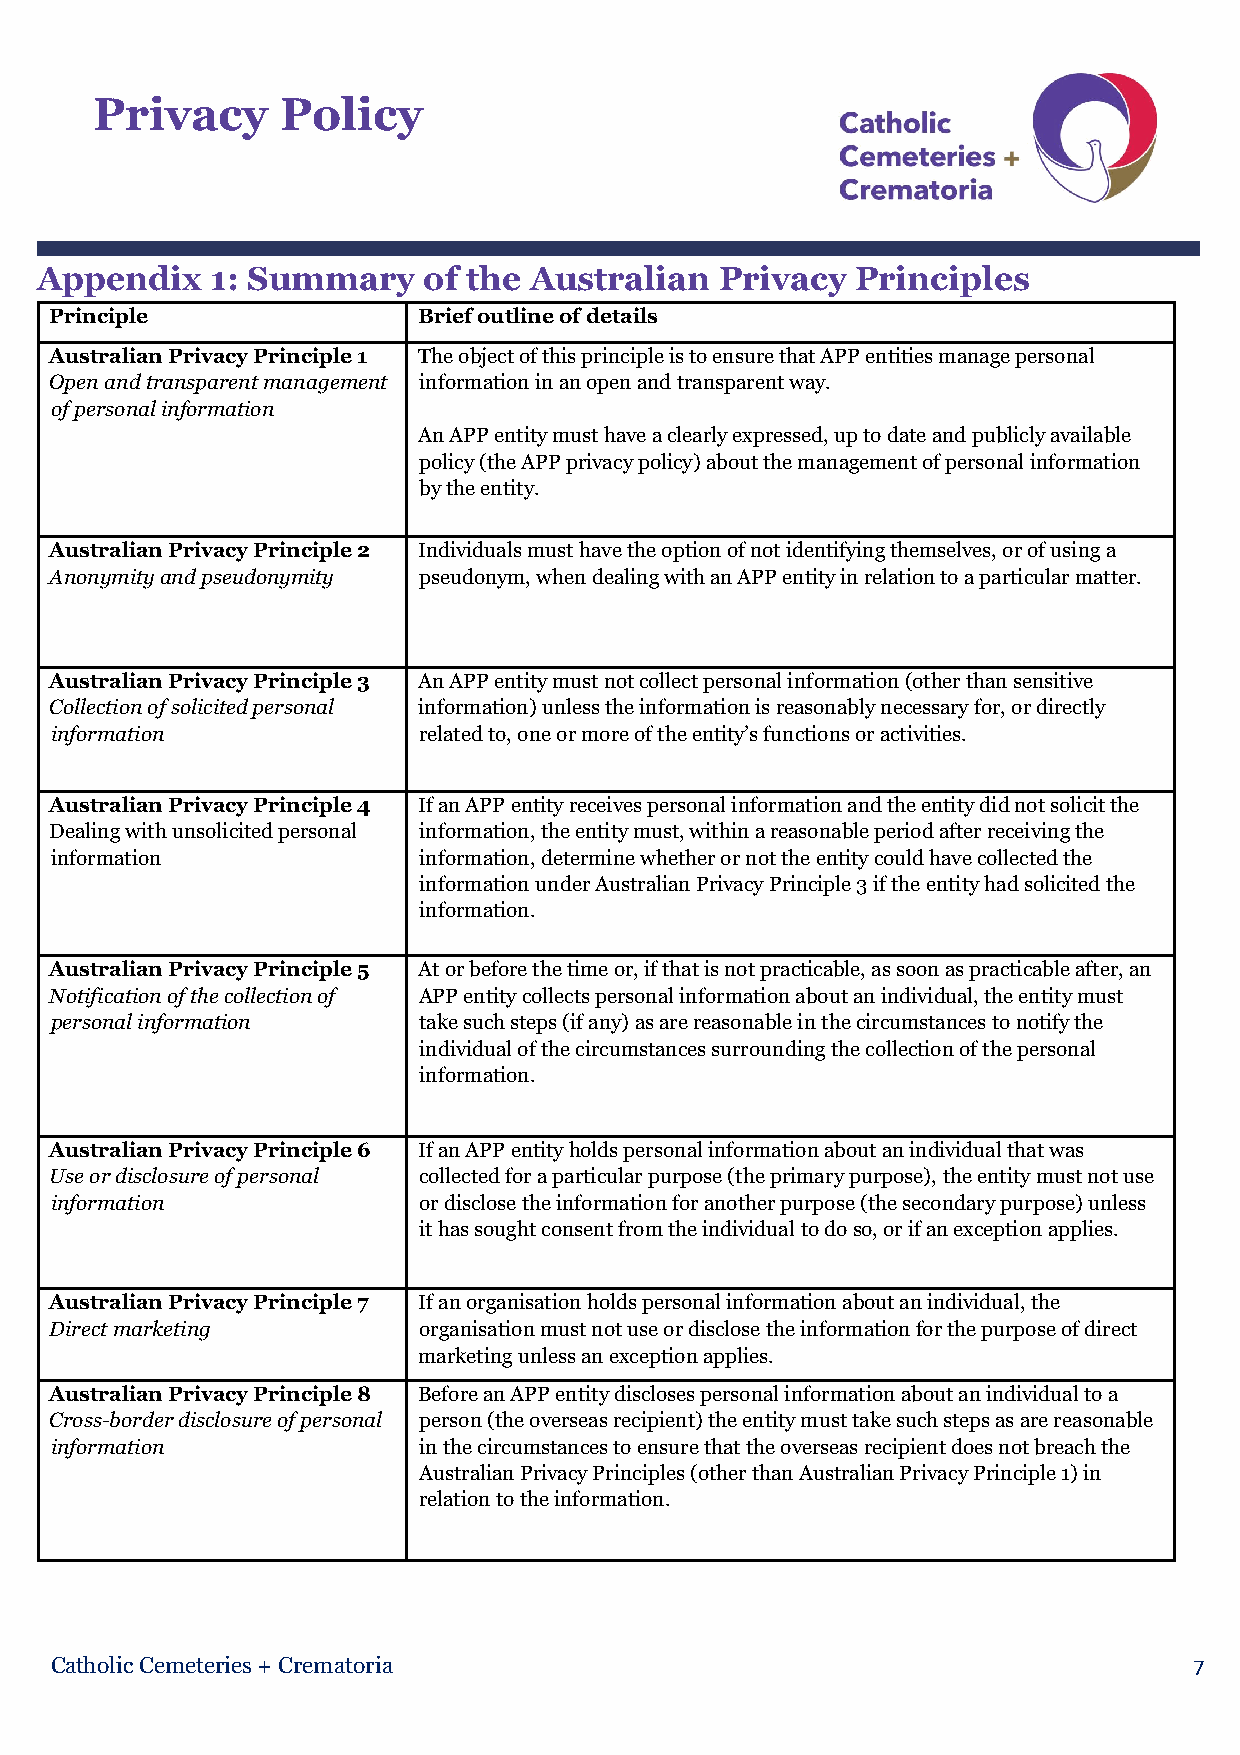
Privacy      Policy
 Appendix    1: Summary    of the Australian   Privacy  Principles
 Principle                Brief outline of details
 Australian Privacy Principle 1 The object of this principle is to ensure that APP entities manage personal
 Open and transparent management information in an open and transparent way.
 of personal information
 An APP entity must have a clearly expressed, up to date and publicly available
 policy (the APP privacy policy) about the management of personal information
 by the entity.
 Australian Privacy Principle 2 Individuals must have the option of not identifying themselves, or of using a
 Anonymity and pseudonymity pseudonym, when dealing with an APP entity in relation to a particular matter.
 Australian Privacy Principle 3 An APP entity must not collect personal information (other than sensitive
 Collection of solicited personal information) unless the information is reasonably necessary for, or directly
 information              related to, one or more of the entity’s functions or activities.
 Australian Privacy Principle 4 If an APP entity receives personal information and the entity did not solicit the
 Dealing with unsolicited personal information, the entity must, within a reasonable period after receiving the
 information              information, determine whether or not the entity could have collected the
 information under Australian Privacy Principle 3 if the entity had solicited the
 information.
 Australian Privacy Principle 5 At or before the time or, if that is not practicable, as soon as practicable after, an
 Notification of the collection of APP entity collects personal information about an individual, the entity must
 personal information     take such steps (if any) as are reasonable in the circumstances to notify the
 individual of the circumstances surrounding the collection of the personal
 information.
 Australian Privacy Principle 6 If an APP entity holds personal information about an individual that was
 Use or disclosure of personal collected for a particular purpose (the primary purpose), the entity must not use
 information              or disclose the information for another purpose (the secondary purpose) unless
 it has sought consent from the individual to do so, or if an exception applies.
 Australian Privacy Principle 7 If an organisation holds personal information about an individual, the
 Direct marketing         organisation must not use or disclose the information for the purpose of direct
 marketing unless an exception applies.
 Australian Privacy Principle 8 Before an APP entity discloses personal information about an individual to a
 Cross-border disclosure of personal person (the overseas recipient) the entity must take such steps as are reasonable
 information              in the circumstances to ensure that the overseas recipient does not breach the
 Australian Privacy Principles (other than Australian Privacy Principle 1) in
 relation to the information.
 Catholic Cemeteries + Crematoria                                            7